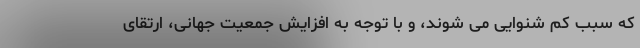
که سبب کم شنوایی می شوند، و با توجه به افزایش جمعیت جهانی، ارتقای